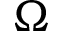
\Omega